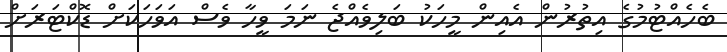
ބެހެއްޓުމުގެ އިތުރުން އެއިން މީހަކު ބަލިވެއްޖެ ނަމަ ވީހާ ވެސް އަވަހަކަށް ޑޮކްޓަރަށް